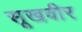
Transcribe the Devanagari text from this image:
सूखवीर